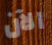
الآن